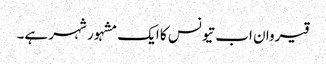
قیروان اب تیونس کا ایک مشہور شہر ہے۔